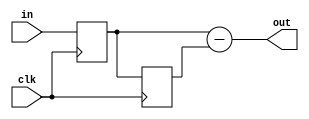
`timescale 1ns / 1ps
//////////////////////////////////////////////////////////////////////////////////
// Company: 
// Engineer: 
// 
// Design Name: 
// Module Name: filter
// Project Name: 
// Target Devices: 
// Tool Versions: 
// Description: 
// 
// Dependencies: 
// 
// Revision:
// Revision 0.01 - File Created
// Additional Comments:
// 
//////////////////////////////////////////////////////////////////////////////////


module HighPass (  clk , in , out );

input clk;
input signed [15:0] in;
output signed [15:0] out;

reg [15:0] reg1 = 0, reg2 = 0;

always @(posedge clk)
begin
    reg1 <= in;
    reg2 <= reg1;
end

assign out = reg1 - reg2;

endmodule